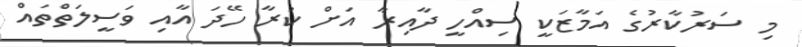
މި ސަރުކާރުގެ އަމާޒަކީ ސިއްހީ ދާއިރާ އަށް ކުރާ ހޭދަ އާއި ވަސީލަތްތައް